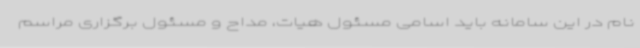
نام در این سامانه باید اسامی مسئول هیات، مداح و مسئول برگزاری مراسم